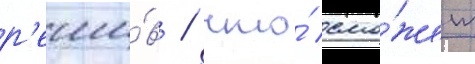
р'еши́в / что́ смо́жет